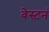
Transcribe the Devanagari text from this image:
वेस्टनं